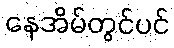
နေအိမ်တွင်ပင်